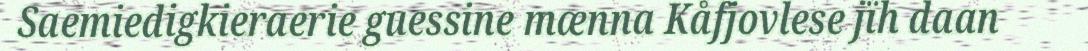
Saemiedigkieraerie guessine mænna Kåfjovlese jïh daan